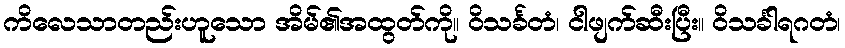
ကိလေသာတည်းဟူသော အိမ်၏အထွတ်ကို။ ဝိသင်္ခတံ၊ ငါဖျက်ဆီးပြီး။ ဝိသင်္ခါရဂတံ၊